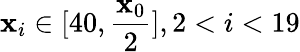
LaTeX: \mathbf{x}_{i}\in[40,\frac{\mathbf{x}_{0}}{2}],2<i<19